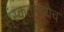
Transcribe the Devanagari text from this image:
स्ंस्कृतमध्येच